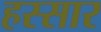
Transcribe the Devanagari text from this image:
हस्सार